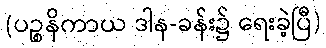
(ပဉ္စနိကာယ ဒါန-ခန်း၌ ရေးခဲ့ပြီ)